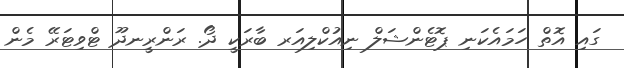
ގައި އޮތް ހަމައެކަނި ޕޮޓެންޝަލް ނިއުކްލިއަރ ބާރަކީ ދޯ. ރަންރީނދޫ ޓްވިޓަރޭ މެން